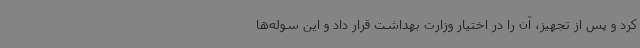
کرد و پس از تجهیز، آن را در اختیار وزارت بهداشت قرار داد و این سوله‌ها